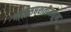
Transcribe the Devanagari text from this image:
गाथासप्तशतीमधून